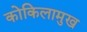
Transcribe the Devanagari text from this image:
कोकिलामुख